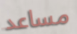
مساعد